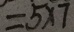
= 5 \times 7